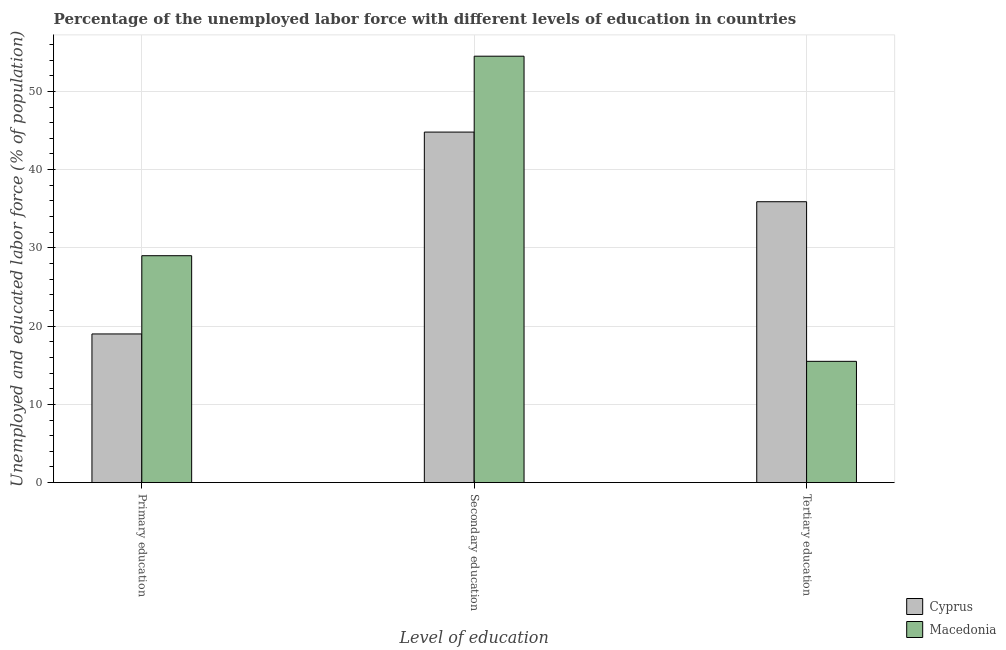
| Level of education | Cyprus | Macedonia |
 | --- | --- | --- |
 | Primary education | 19 | 29 |
 | Secondary education | 44.8 | 54.5 |
 | Tertiary education | 35.9 | 15.5 |